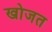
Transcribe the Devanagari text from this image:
खोजत